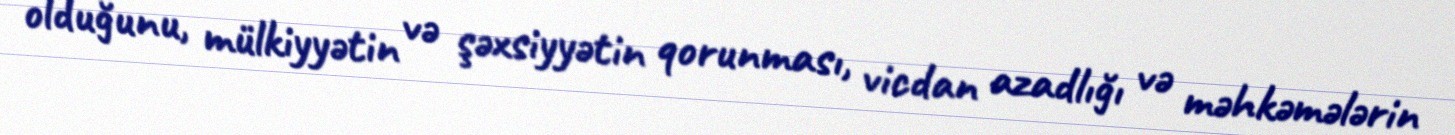
olduğunu, mülkiyyətin və şəxsiyyətin qorunması, vicdan azadlığı və məhkəmələrin